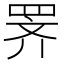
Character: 𫅅